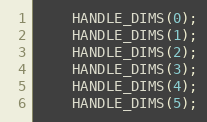
Language: C++
    HANDLE_DIMS(0);
    HANDLE_DIMS(1);
    HANDLE_DIMS(2);
    HANDLE_DIMS(3);
    HANDLE_DIMS(4);
    HANDLE_DIMS(5);